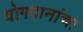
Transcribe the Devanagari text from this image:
योगदानांचा